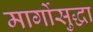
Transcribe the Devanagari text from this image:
मार्गोसुद्धा